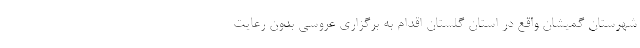
شهرستان گمیشان واقع در استان گلستان اقدام به برگزاری عروسی بدون رعایت